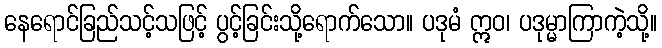
နေရောင်ခြည်သင့်သဖြင့် ပွင့်ခြင်းသို့ရောက်သော။ ပဒုမံ ဣဝ၊ ပဒုမ္မာကြာကဲ့သို့။